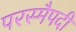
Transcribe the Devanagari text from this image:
परस्मैपदी